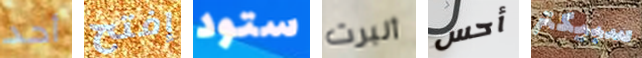
أحد إفتح ستود ألبرت أحس سبيكتر